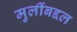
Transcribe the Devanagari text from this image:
मुलींबद्दल